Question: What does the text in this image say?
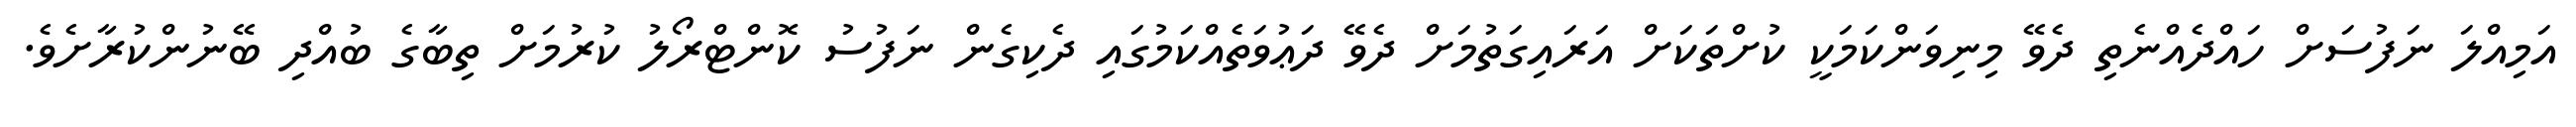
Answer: އަމިއްލަ ނަފުސަށް ހައްދެއްނެތި ދެވޭ މިނިވަންކަމަކީ ކުށްތަކަށް އަރައިގަތުމަށް ދެވޭ ދަޢުވަތެއްކަމުގައި ދެކިގެން ނަފުސު ކޮންޓްރޯލު ކުރުމަށް ތިބާގެ ބުއްދި ބޭނުންކުރާށެވެ.